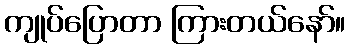
ကျုပ်ပြောတာ ကြားတယ်နော်။